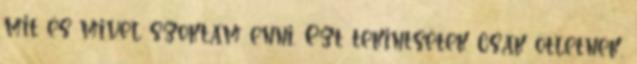
mit és mivel szoktam enni. Ezt tekintsétek csak ötletnek,